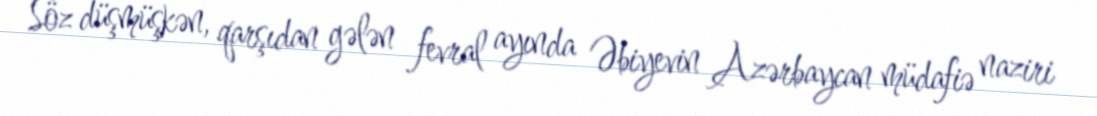
Söz düşmüşkən, qarşıdan gələn fevral ayında Əbiyevin Azərbaycan müdafiə naziri